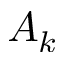
A _ { k }